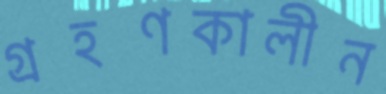
গ্রহণকালীন